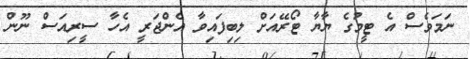
ނަމަވެސް އެ ޓީމުގެ ޔާޔާ ޓޯރޭއަށް ލިބިފައިވާ އެންޖަރީ އެހާ ސީރިއަސް ނޫން